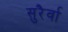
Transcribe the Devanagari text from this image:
सुरैर्वा